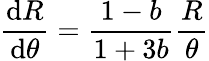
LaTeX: \frac{\mathrm{d}R}{\mathrm{d}\theta}=\frac{1-b}{1+3b}\frac{R}{\theta}